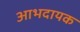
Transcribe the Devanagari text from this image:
आभदायक